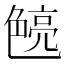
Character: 𮎝